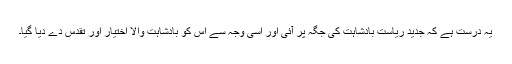
یہ درست ہے کہ جدید ریاست بادشاہت کی جگہ پر آئی اور اسی وجہ سے اس کو بادشاہت والا اختیار اور تقدس دے دیا گیا۔